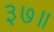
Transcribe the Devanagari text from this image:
३७॥